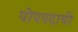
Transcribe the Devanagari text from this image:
पोपपदाची